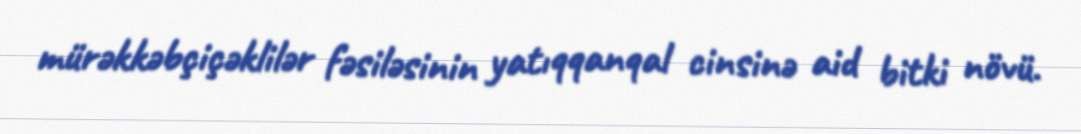
mürəkkəbçiçəklilər fəsiləsinin yatıqqanqal cinsinə aid bitki növü.